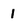
Character: 1